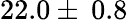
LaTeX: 22.0\pm\: 0.8